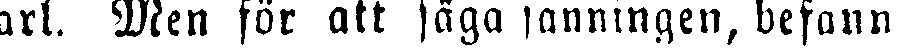
karl. Men för att säga sanningen, befann